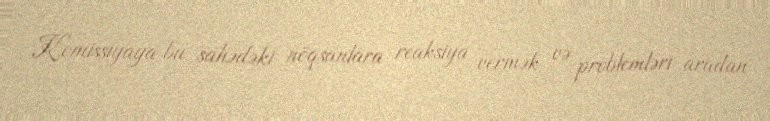
Komissiyaya bu sahədəki nöqsanlara reaksiya vermək və problemləri aradan